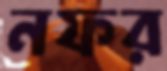
নফর